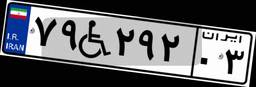
۷۹W۲۹۲۰۳